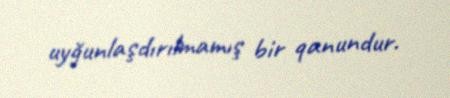
uyğunlaşdırılmamış bir qanundur.